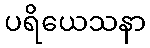
ပရိယေသနာ